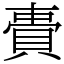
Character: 䝴